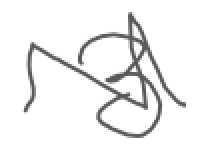
Text: 3
Cross-out: zig-zag
Writing tool: digital_gray